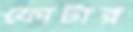
ফোটার